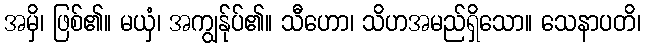
အမှိ၊ ဖြစ်၏။ မယှံ၊ အကျွန်ုပ်၏။ သီဟော၊ သိဟအမည်ရှိသော။ သေနာပတိ၊